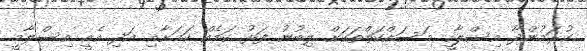
ކުރަމުންދާ އިސްލާހީ މަސައްކަތްތަކަށް ލިބުނު ފަޅު ކަމެއް ކަމަށާއި އަދި އެއީ އިސްލާމީ